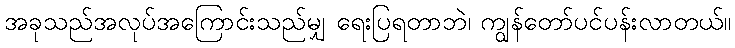
အခုသည်အလုပ်အကြောင်းသည်မျှ ရေးပြရတာဘဲ၊ ကျွန်တော်ပင်ပန်းလာတယ်။